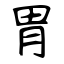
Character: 胃